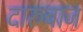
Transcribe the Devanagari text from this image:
दारुबाज